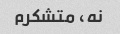
نه، متشکرم